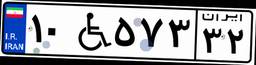
۱۰W۵۷۳۳۲